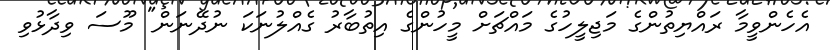
އެހެންވީމާ ރައްޔިތުންގެ މަޖިލީހުގެ މައްޗަށް މީހުންގެ އިތުބާރު ގެއްލުނަކަ ނުދޭނަން" މޫސަ ވިދާޅުވި